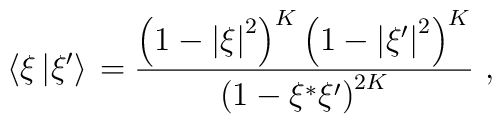
\left\langle{{\xi}\left\vert{\xi^{\prime}}\right\rangle}\right.={{\left({1-{\vert\xi\vert}^{2}}\right)^{K}\left({1-{\vert\xi^{\prime}\vert}^{2}}\right)^{K}}\over{\left({1-\xi^{*}\xi^{\prime}}\right)^{2K}}}\ ,